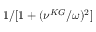
1 / [ 1 + ( \nu ^ { K G } / \omega ) ^ { 2 } ]